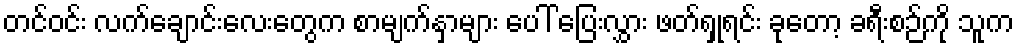
တင်ဝင်း လက်ချောင်းလေးတွေက စာမျက်နှာများ ပေါ် ပြေးလွှား ဖတ်ရှုရင်း ခုတော့ ခရီးစဉ်ကို သူက